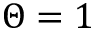
\Theta = 1